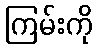
ကြမ်းကို